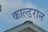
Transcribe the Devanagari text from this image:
काल्डरान